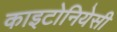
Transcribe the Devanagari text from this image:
काइटोनियेसी